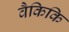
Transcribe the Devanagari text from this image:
वैकिकि